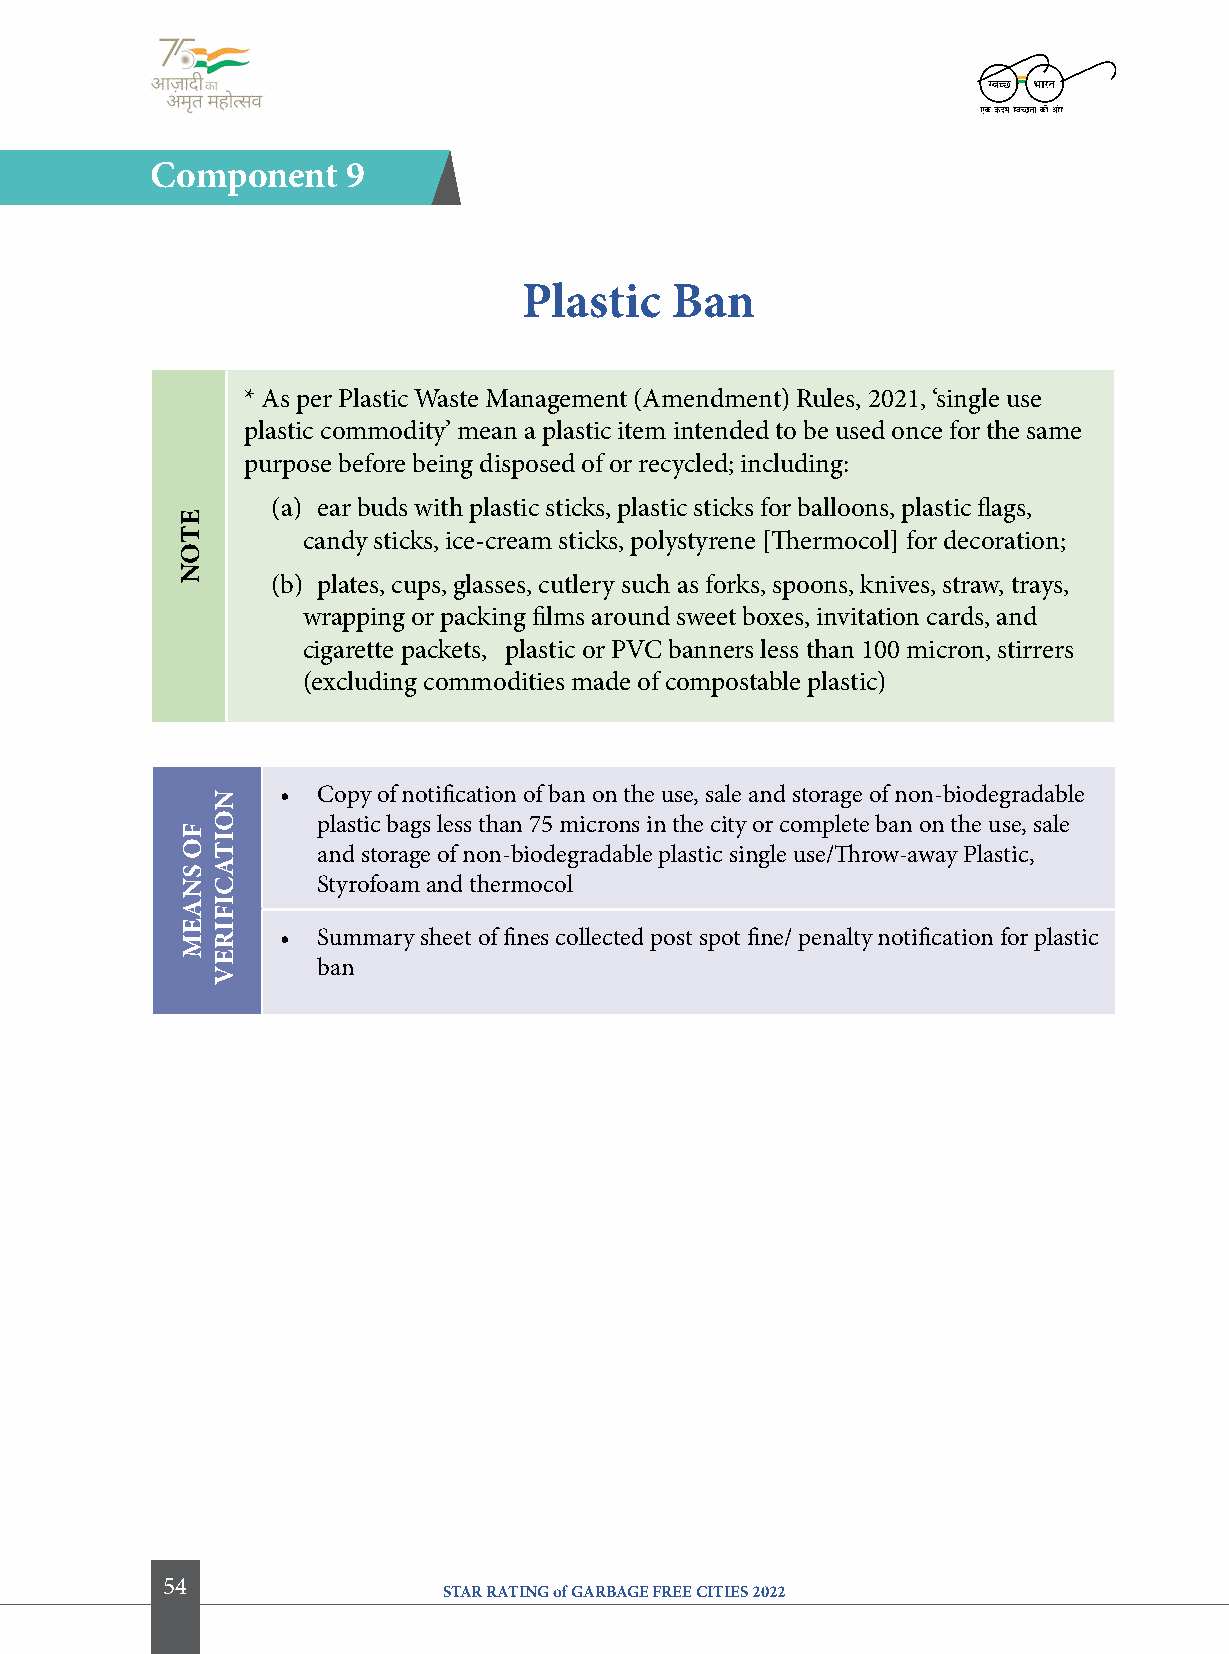
component    9
 Plastic  Ban
 * As per Plastic Waste Management (Amendment) Rules, 2021, ‘single use
 plastic commodity’ mean a plastic item intended to be used once for the same
 purpose before being disposed of or recycled; including:
 (a) ear buds with plastic sticks, plastic sticks for balloons, plastic flags,
 candy sticks, ice-cream sticks, polystyrene [Thermocol] for decoration;
 (b) plates, cups, glasses, cutlery such as forks, spoons, knives, straw, trays,
 wrapping or packing films around sweet boxes, invitation cards, and
 cigarette packets, plastic or PVC banners less than 100 micron, stirrers
 (excluding commodities made of compostable plastic)
 • Copy of notification of ban on the use, sale and storage of non-biodegradable
 plastic bags less than 75 microns in the city or complete ban on the use, sale
 and storage of non-biodegradable plastic single use/Throw-away Plastic,
 Styrofoam and thermocol
 • Summary sheet of fines collected post spot fine/ penalty notification for plastic
 ban
 54
 STAR RATING of GARBAGE FREE CITIES 2022
 etoN
 fo
 SNaeM
 NoitacifireV